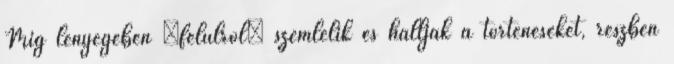
Míg lényegében „felülről” szemlélik és hallják a történéseket, részben